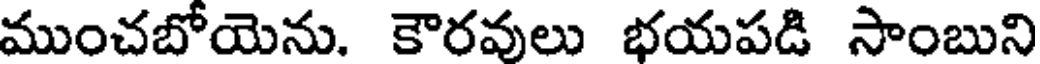
ముంచబోయెను. కౌరవులు భయపడి సాంబుని